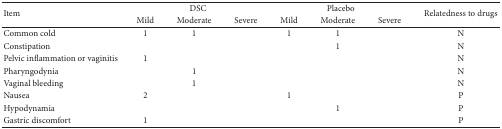
<table><thead><tr><td rowspan="2"><b>Item</b></td><td colspan="3"><b>DSC</b></td><td colspan="3"><b>Placebo</b></td><td rowspan="2"><b>Relatedness to drugs</b></td></tr><tr><td><b>Mild</b></td><td><b>Moderate</b></td><td><b>Severe</b></td><td><b>Mild</b></td><td><b>Moderate</b></td><td><b>Severe</b></td></tr></thead><tbody><tr><td>Common cold</td><td>1</td><td>1</td><td> </td><td>1</td><td>1</td><td> </td><td>N</td></tr><tr><td>Constipation</td><td> </td><td> </td><td> </td><td> </td><td>1</td><td> </td><td>N</td></tr><tr><td>Pelvic inflammation or vaginitis</td><td>1</td><td> </td><td> </td><td> </td><td> </td><td> </td><td>N</td></tr><tr><td>Pharyngodynia</td><td> </td><td>1</td><td> </td><td> </td><td> </td><td> </td><td>N</td></tr><tr><td>Vaginal bleeding</td><td> </td><td>1</td><td> </td><td> </td><td> </td><td> </td><td>N</td></tr><tr><td>Nausea</td><td>2</td><td> </td><td> </td><td>1</td><td> </td><td> </td><td>P</td></tr><tr><td>Hypodynamia</td><td> </td><td> </td><td> </td><td> </td><td>1</td><td> </td><td>P</td></tr><tr><td>Gastric discomfort</td><td>1</td><td> </td><td> </td><td> </td><td> </td><td> </td><td>P</td></tr></tbody></table>